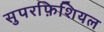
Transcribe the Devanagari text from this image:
सुपरफ़िशियल